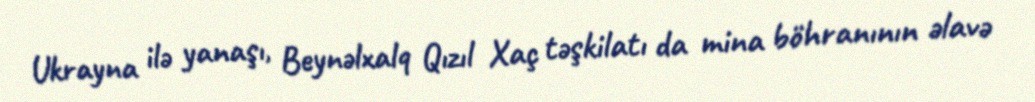
Ukrayna ilə yanaşı, Beynəlxalq Qızıl Xaç təşkilatı da mina böhranının əlavə